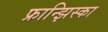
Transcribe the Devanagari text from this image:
फ्रान्झिस्का